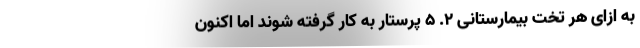
به ازای هر تخت بیمارستانی ۲. ۵ پرستار به کار گرفته شوند اما اکنون